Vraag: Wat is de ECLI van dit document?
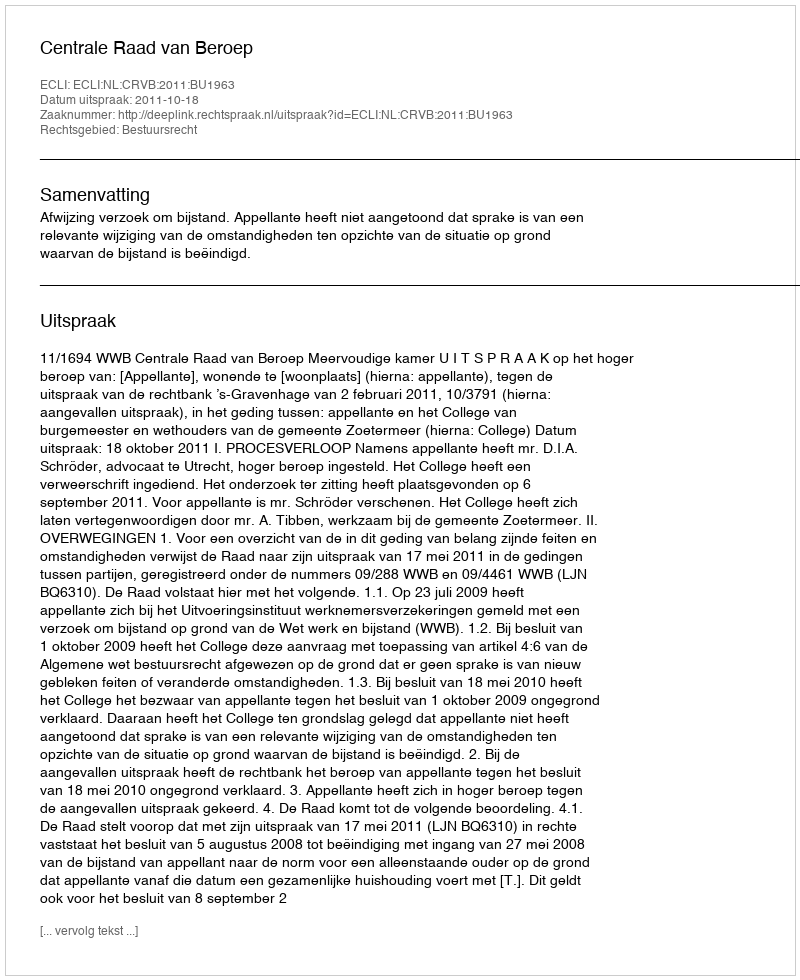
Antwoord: ECLI:NL:CRVB:2011:BU1963